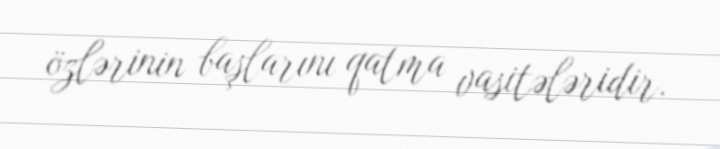
özlərinin başlarını qatma vasitələridir.